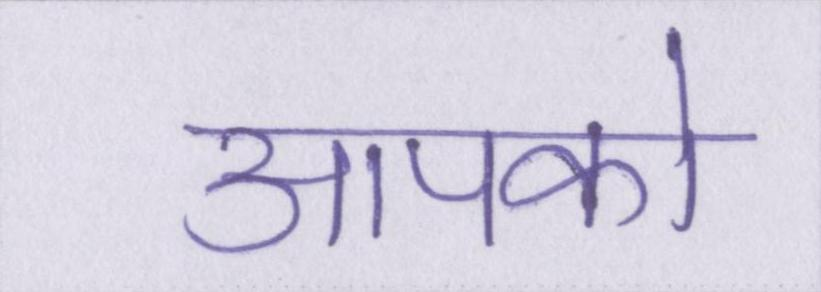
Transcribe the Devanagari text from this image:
आपको